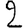
Digit: 2